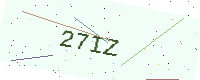
Text: 27IZ